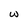
Character: W